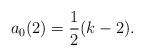
LaTeX: \begin{align*}a_0(2)=\frac12 (k-2).\end{align*}